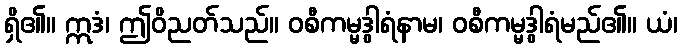
ရှိ၏။ ဣဒံ၊ ဤဝိညတ်သည်။ ဝစီကမ္မဒွါရံနာမ၊ ဝစီကမ္မဒွါရံမည်၏။ ယံ၊